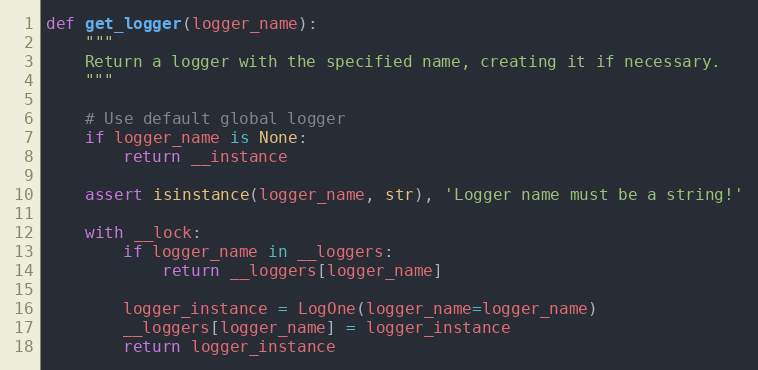
Language: Python
def get_logger(logger_name):
    """
    Return a logger with the specified name, creating it if necessary.
    """

    # Use default global logger
    if logger_name is None:
        return __instance

    assert isinstance(logger_name, str), 'Logger name must be a string!'

    with __lock:
        if logger_name in __loggers:
            return __loggers[logger_name]

        logger_instance = LogOne(logger_name=logger_name)
        __loggers[logger_name] = logger_instance
        return logger_instance